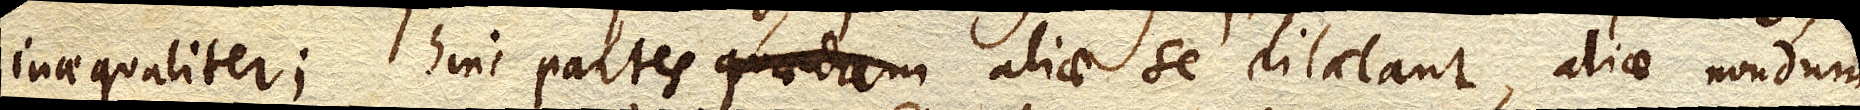
inaequaliter; hinc partes quaedam aliae se dilatant, aliae nondum